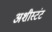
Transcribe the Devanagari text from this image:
अशीस्टंट